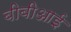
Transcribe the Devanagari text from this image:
बीबीआई